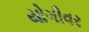
યોગીવર